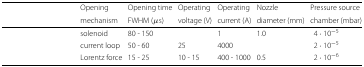
<table><thead><tr><td>[EMPTY_CELL]</td><td><b>Opening</b></td><td><b>Opening time</b></td><td><b>Operating</b></td><td><b>Operating</b></td><td><b>Nozzle</b></td><td><b>Pressure source</b></td></tr><tr><td>[EMPTY_CELL]</td><td><b>mechanism</b></td><td><b>FWHM (<i>μ</i>s)</b></td><td><b>voltage (V)</b></td><td><b>current (A)</b></td><td><b>diameter (mm)</b></td><td><b>chamber (mbar)</b></td></tr></thead><tbody><tr><td>[EMPTY_CELL]</td><td>solenoid</td><td>80 - 150</td><td>[EMPTY_CELL]</td><td>1</td><td>1.0</td><td>4 · 10 <sup>−5</sup></td></tr><tr><td>[EMPTY_CELL]</td><td>current loop</td><td>50 - 60</td><td>25</td><td>4000</td><td>[EMPTY_CELL]</td><td>2 · 10 <sup>−5</sup></td></tr><tr><td>[EMPTY_CELL]</td><td>Lorentz force</td><td>15 - 25</td><td>10 - 15</td><td>400 - 1000</td><td>0.5</td><td>2 · 10 <sup>−6</sup></td></tr></tbody></table>